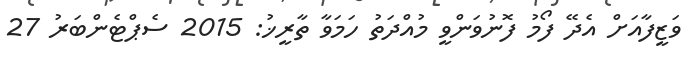
ވަޒީފާއަށް އެދޭ ފޯމު ފޮނުވަންވީ މުއްދަތު ހަމަވާ ތާރީޚު: 2015 ސެޕްޓެންބަރު 27